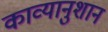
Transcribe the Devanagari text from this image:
काव्यानुशान